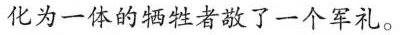
化为一体的牺牲者敬了一个军礼。